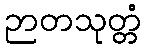
ဉာတသုတ္တံ